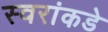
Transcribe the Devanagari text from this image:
स्वरांकडे